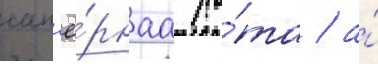
сап'ё́рнаа ро́та / а́